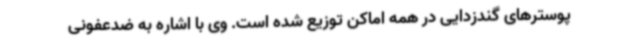
پوسترهای گندزدایی در همه اماکن توزیع شده است. وی با اشاره به ضدعفونی